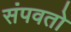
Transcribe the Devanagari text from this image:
संपवतो